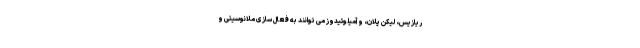
ریازیس، لیکن پلان، و آمیلوئیدوز می توانند به فعال سازی ملانوسیتی و